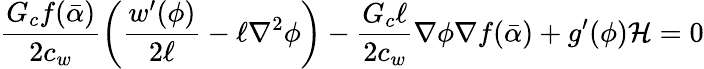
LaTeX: \frac{G_{c}f(\bar{\alpha})}{2c_{w}}\left(\frac{w^{\prime}(\phi)}{2\ell}-\ell\nabla^{2}\phi\right)-\frac{G_{c}\ell}{2c_{w}}\nabla\phi\nabla f(\bar{\alpha})+g^{\prime}(\phi)\mathcal{H}=0